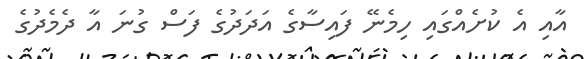
އާއި އެ ކުށެއްގައި ހިމެނޭ ފައިސާގެ އަދަދުގެ ފަސް ގުނަ އާ ދެމެދުގެ